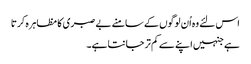
اس لئے وہ اُن لوگوں کے سامنے بے صبری کا مظاہرہ کرتا
ہے جنہیں اپنے سے کم تر جانتا ہے۔